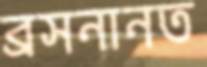
ব্রসনানত